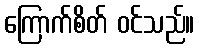
ကြောက်စိတ် ဝင်သည်။